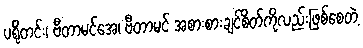
ပရိုတင်း၊ ဗီတာမင်အေ၊ ဗီတာမင် အစားစားချင်စိတ်ကိုလည်းဖြစ်စေတဲ့